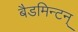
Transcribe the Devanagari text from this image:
बैडमिन्टन्